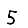
Digit: 5